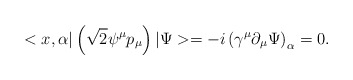
\begin{align*}<x,\alpha |\left( \sqrt{2}\psi ^\mu p_\mu \right) |\Psi >=-i\left( \gamma^\mu \partial _\mu \Psi \right) _\alpha =0.\end{align*}